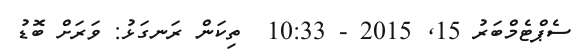
ސެޕްޓެމްބަރު 15